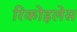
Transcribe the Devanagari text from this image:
रिकोइलेस